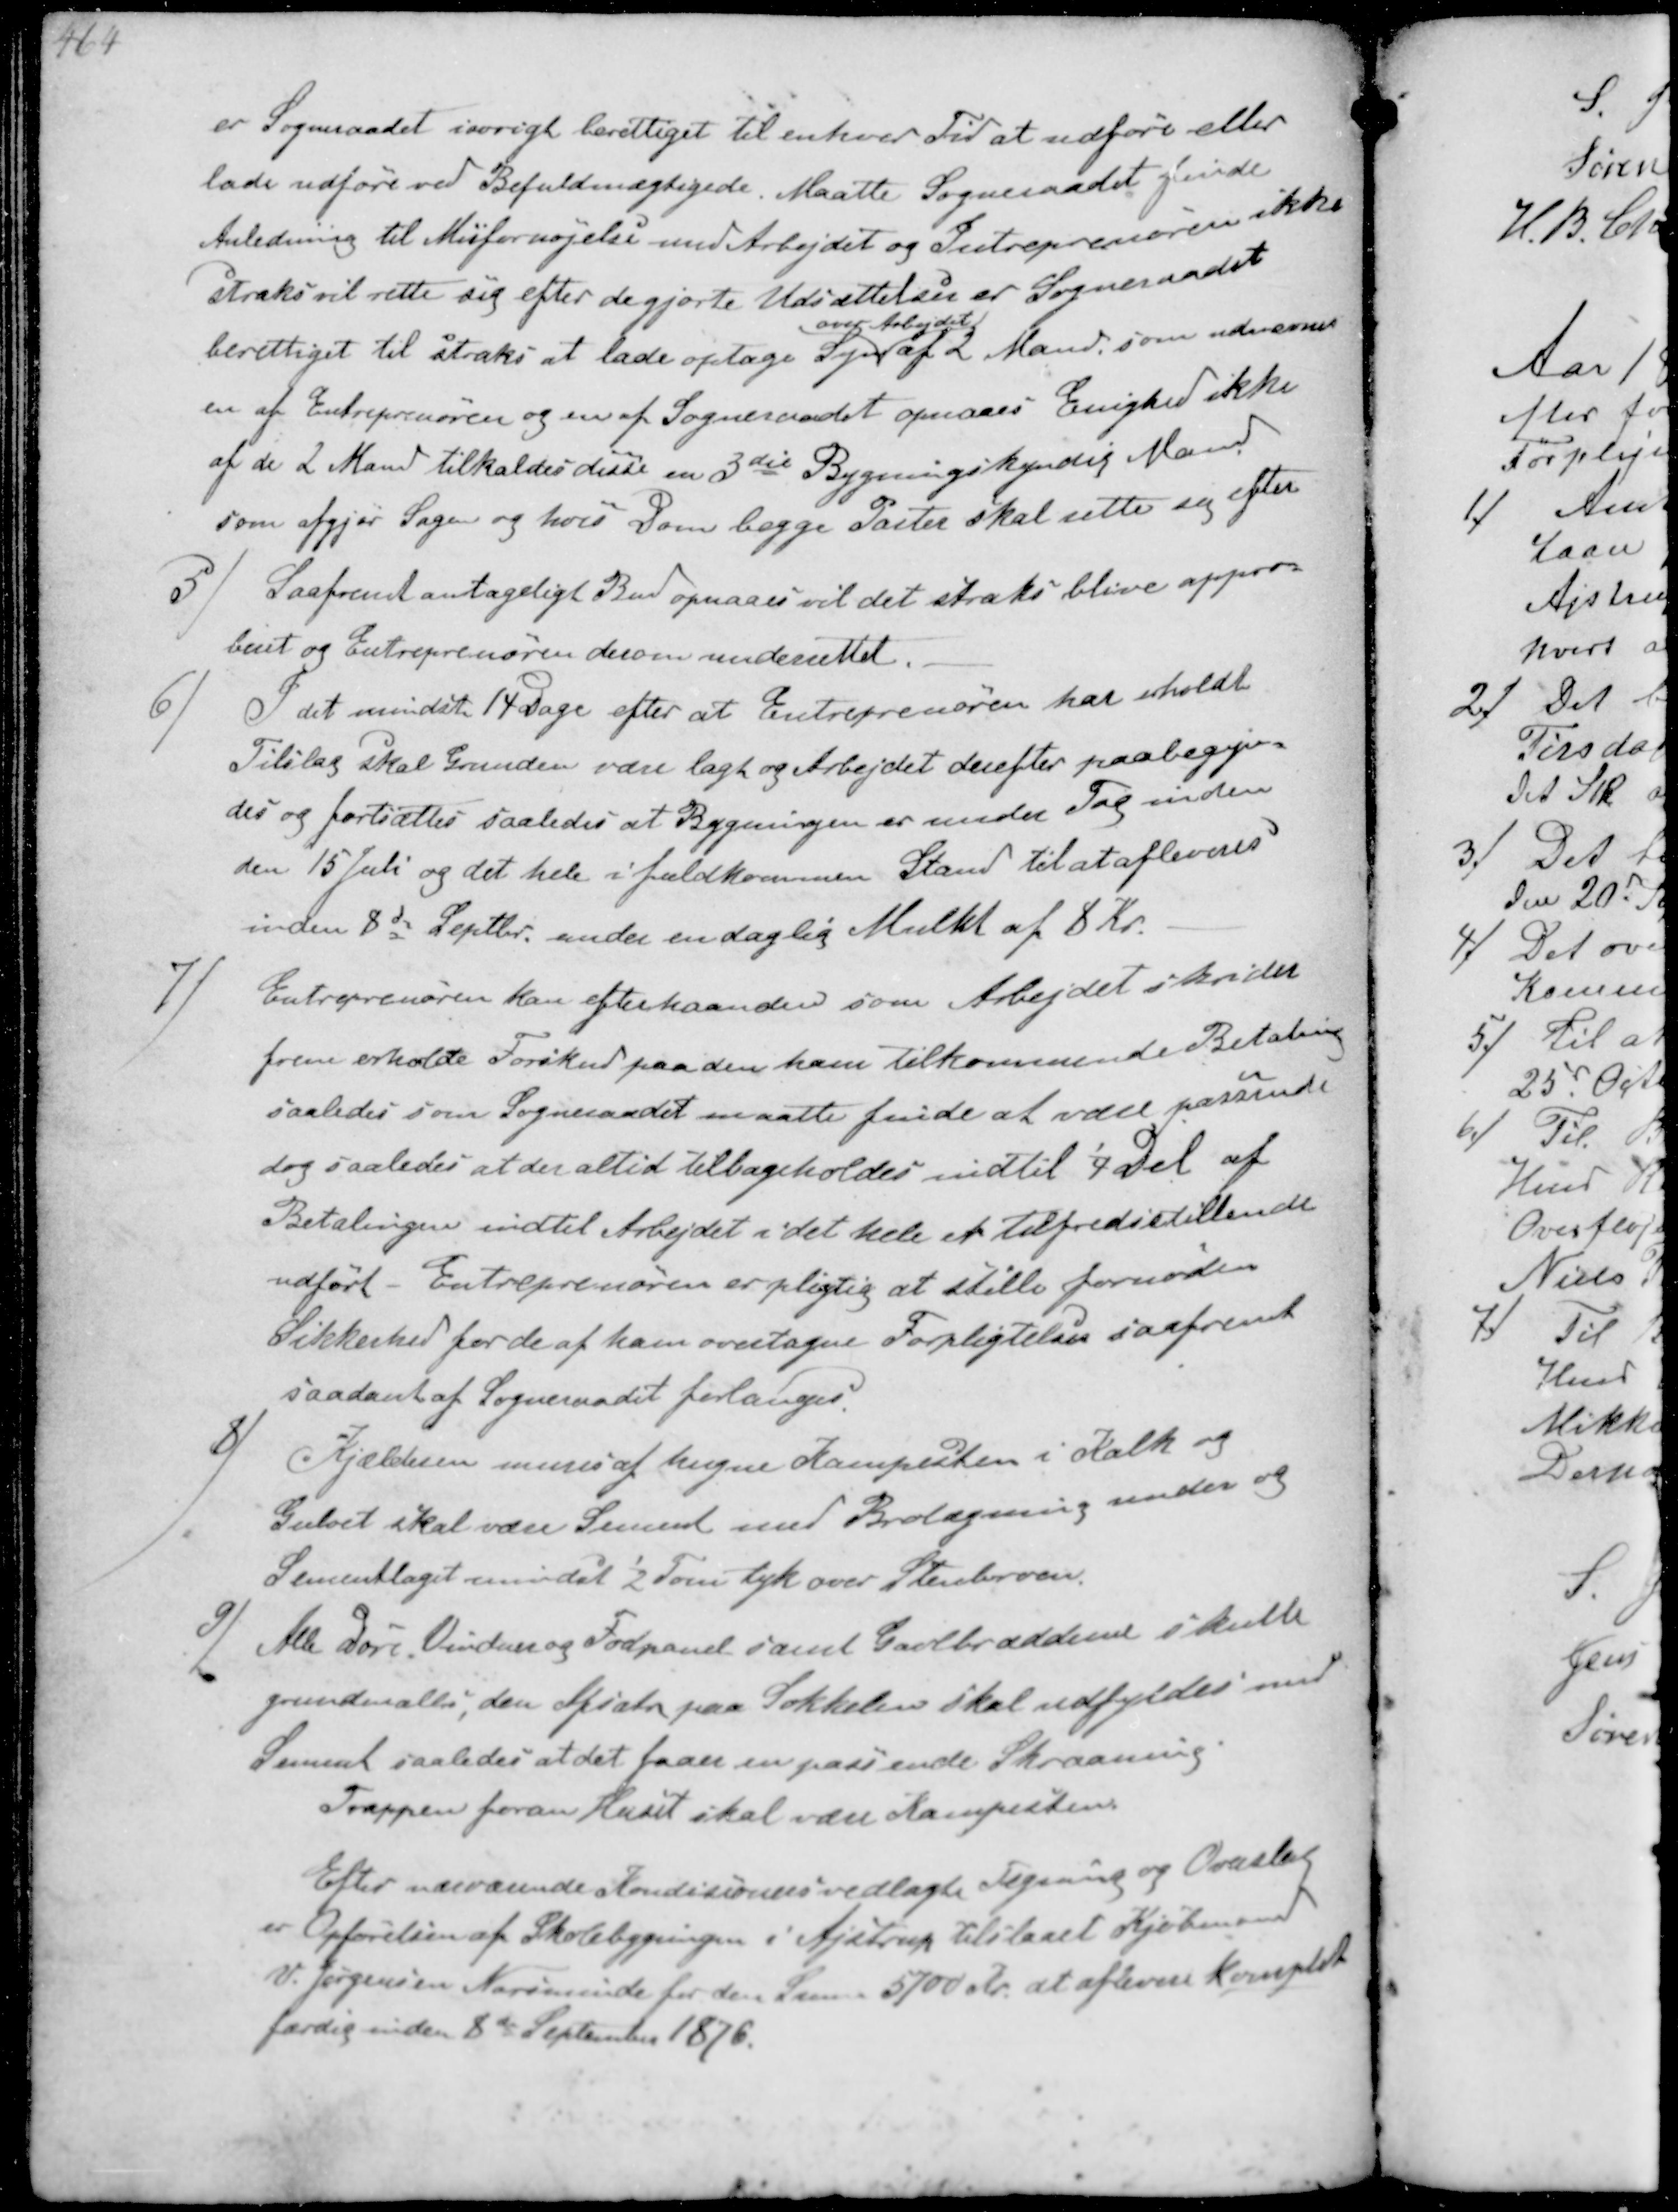
Transskription:
er Sogneraadet iøvrigt berettiget til enhver tid at udføre en
lade udføre ved Befuldmægtigede. Maatte Sogneraadet finde
Anledning til Misfornøjelse med Arbejdet og Entreprenøren ikke
straks vil rette sig efter de gjorte Udsættelserr er Sognerådet
berettiget til straks at lade optage Syn
over Arbejdet
af 2 Mand, som udnævnes
en af Entreprenøren og en af Sogneraadet opnaaes Enighed ikke
af de 2 Mand tilkalder disse en 3die Bygningskyndig Mand
som afgjør Sagen og hvis Dom begge Parter skal rette sig efter

5/
Saafremt antageligt Bud opnaaes vil det straks blive appro-
beret og Entreprenøren derom underrettet.
6/
I det mindste 14 Dage efter at Entreprenøren har erholdt
Tilslag skal Grunden være lagt og Arbejdet derefter paabegyn-
des og fortsættes saaledes at Bygningen er under Tag inden
den 15 Juli og det hele i fuldkommen Stand til at afleveres
inden 8de Septbr. under en daglig Mulkt af 8 kr.

7/
Entreprenøren kan efterhaanden som Arbejdet skrider
frem erholde Forskud paa den ham tilkommende Betaling
saaledes som Sogneraadet maatte finde at være passende
dog saaledes at der altid tilbageholdes indtil ¼ del af
Betalingen indtil Arbejdet i det hele et tilfredsstillende
udført - Entreprenøren er pligtig at stille fornøden
Sikkerhed for de af ham overtagne Forpligtelser saafremt
saadant af Sogneraadet forlanges.

8/
Kjælderen mures af hugne Kampesten i Kalk og
Gulvet skal være Sement med Brolægning mellem og
Sementlaget mindst ½ Tom tyk over Stenbroen.

9/
Alle døre, Vinduer og Fodpanel samt Gavlbrædderne skulle
grundmales, den Afsats paa Sokkelen skal udfyldes med
Sement saaledes at det faaer en passende Skraaning
Trappen foran Huset skal være Kampesten
Efter nærværende Konditioner vedlagte Tegning og Overslag
er Opførelsen af Skolebygningen i Ajstrup tilstaaet Kjøbmand
V. Jørgensen Norsminde for den Sum 5700 Kr. at afleve Komplet
færdig inden 8de September 1876.